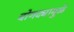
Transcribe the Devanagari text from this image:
बोगद्यामुळे